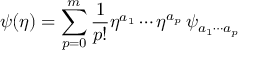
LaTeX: \psi ( \eta ) = \sum _ { p = 0 } ^ { m } \frac { 1 } { p ! } \eta ^ { a _ { 1 } } \cdots \eta ^ { a _ { p } } \, \psi _ { a _ { 1 } \cdots a _ { p } }